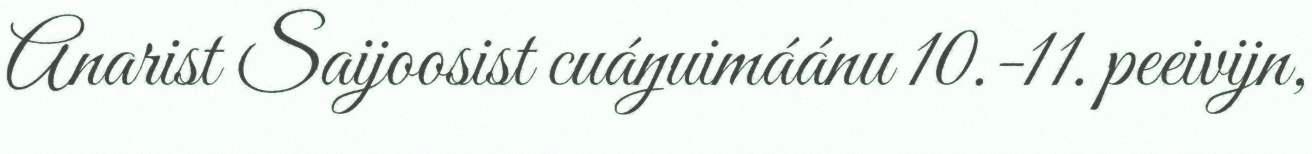
Anarist Saijoosist cuáŋuimáánu 10.-11. peeivijn,